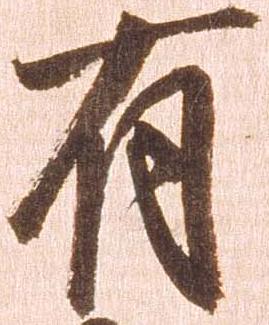
有